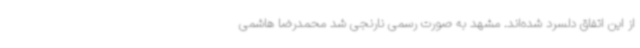
از این اتفاق دلسرد شده‌اند. مشهد به صورت رسمی نارنجی شد محمدرضا هاشمی